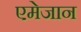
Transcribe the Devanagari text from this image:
एमेजान